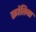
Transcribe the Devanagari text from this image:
क्रांतिबा